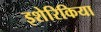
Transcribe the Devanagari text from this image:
इशेरिकिया